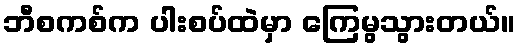
ဘီစကစ်က ပါးစပ်ထဲမှာ ကြေမွသွားတယ်။